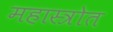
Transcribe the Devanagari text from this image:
महास्त्रोत